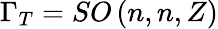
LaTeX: \Gamma_{T}=SO\left(n,n,Z\right)